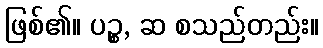
ဖြစ်၏။ ပဉ္စ, ဆ စသည်တည်း။